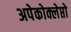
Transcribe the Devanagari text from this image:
अपेकोक्लेप्तो